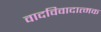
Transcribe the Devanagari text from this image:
वादविवादात्मक